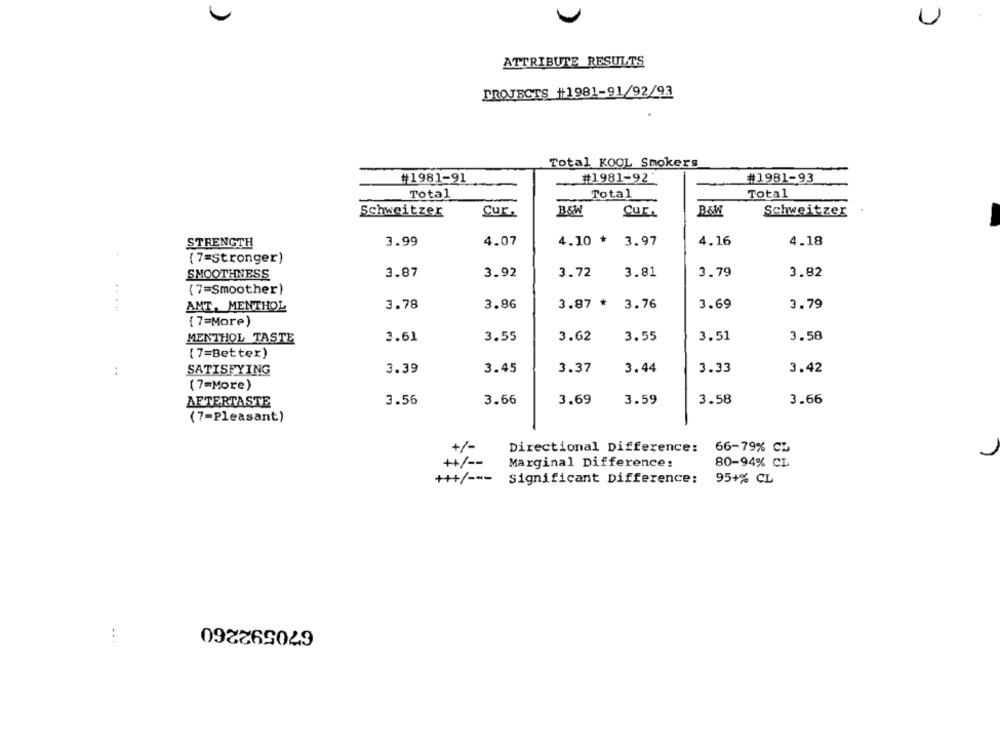
U
ATTRIBUTE RESULTS
PROJECTS +1981-91/92/93
Total KOOL Smokers
#1981-91
#1981-92
#1981-93
Total
Total
Total
Schweitzer
B&W
Cur.
B&W
Cur.
Schweitzer
STRENGTH
3.99
4.07
4.10 * 3.97
4.16
4.18
(7=stronger)
SMOOTHNESS
3.87
3.92
3.72
3.81
3.79
3.82
(7=Smoother)
ANT, MENTHOL
3.78
3.86
3.87 +
3.76
3.69
3.79
(7=More)
3.61
3.55
3.62
3.55
3.51
3.58
MENTHOL TASTE
(7=Better)
3.44
:
SATISFYING
3.39
3.45
3.37
3.33
3.42
(7=More)
AFTERTASTE
3.56
3.66
3.69
3.59
3.58
3.66
(7-Pleasant)
+/-
Directional Difference:
66-79% CL
++/ --
Marginal Difference:
80-94% CL
+++/ ---
Significant Difference:
95+% CL
670592260
...